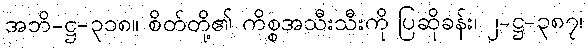
အဘိ-ဋ္ဌ-၃၁၈။ စိတ်တို့၏ ကိစ္စအသီးသီးကို ပြဆိုခန်း၊ ၂-ဋ္ဌ-၃၈၇၊